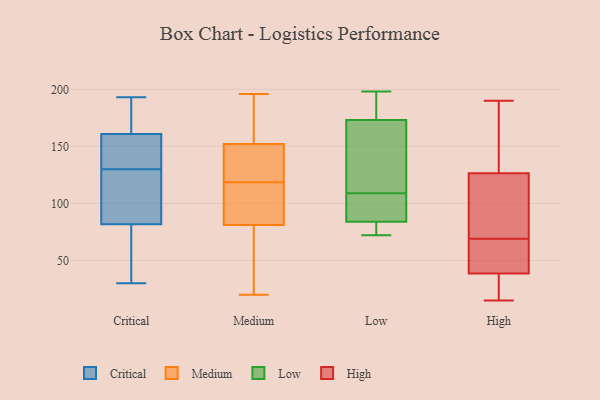
{"axis": {"x": "Tickets Resolved", "y": "Value"}, "legend": ["Critical", "High", "Low", "Medium"], "data": [{"x": "", "y": 160, "type": "Critical"}, {"x": "", "y": 175, "type": "Critical"}, {"x": "", "y": 193, "type": "Critical"}, {"x": "", "y": 120, "type": "Critical"}, {"x": "", "y": 143, "type": "Critical"}, {"x": "", "y": 108, "type": "Critical"}, {"x": "", "y": 130, "type": "Critical"}, {"x": "", "y": 63, "type": "Critical"}, {"x": "", "y": 160, "type": "Critical"}, {"x": "", "y": 161, "type": "Critical"}, {"x": "", "y": 30, "type": "Critical"}, {"x": "", "y": 74, "type": "Critical"}, {"x": "", "y": 188, "type": "Critical"}, {"x": "", "y": 141, "type": "Critical"}, {"x": "", "y": 175, "type": "Critical"}, {"x": "", "y": 44, "type": "Critical"}, {"x": "", "y": 123, "type": "Critical"}, {"x": "", "y": 61, "type": "Critical"}, {"x": "", "y": 105, "type": "Critical"}, {"x": "", "y": 117, "type": "Medium"}, {"x": "", "y": 196, "type": "Medium"}, {"x": "", "y": 20, "type": "Medium"}, {"x": "", "y": 122, "type": "Medium"}, {"x": "", "y": 152, "type": "Medium"}, {"x": "", "y": 166, "type": "Medium"}, {"x": "", "y": 83, "type": "Medium"}, {"x": "", "y": 120, "type": "Medium"}, {"x": "", "y": 53, "type": "Medium"}, {"x": "", "y": 81, "type": "Medium"}, {"x": "", "y": 72, "type": "Low"}, {"x": "", "y": 84, "type": "Low"}, {"x": "", "y": 186, "type": "Low"}, {"x": "", "y": 117, "type": "Low"}, {"x": "", "y": 198, "type": "Low"}, {"x": "", "y": 173, "type": "Low"}, {"x": "", "y": 81, "type": "Low"}, {"x": "", "y": 154, "type": "Low"}, {"x": "", "y": 96, "type": "Low"}, {"x": "", "y": 101, "type": "Low"}, {"x": "", "y": 78, "type": "High"}, {"x": "", "y": 68, "type": "High"}, {"x": "", "y": 25, "type": "High"}, {"x": "", "y": 41, "type": "High"}, {"x": "", "y": 70, "type": "High"}, {"x": "", "y": 15, "type": "High"}, {"x": "", "y": 125, "type": "High"}, {"x": "", "y": 36, "type": "High"}, {"x": "", "y": 41, "type": "High"}, {"x": "", "y": 139, "type": "High"}, {"x": "", "y": 153, "type": "High"}, {"x": "", "y": 27, "type": "High"}, {"x": "", "y": 91, "type": "High"}, {"x": "", "y": 63, "type": "High"}, {"x": "", "y": 190, "type": "High"}, {"x": "", "y": 128, "type": "High"}]}